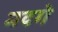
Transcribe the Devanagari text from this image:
मदगे